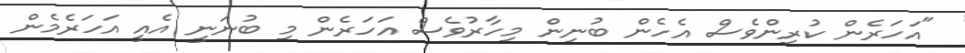
"އަހަރެން ކުރިންވެސް އެހެން ބުނިން މިހާރުވެސް އަހަރެން މި ބުނަނީ އެއީ އަހަރެމެން